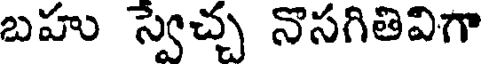
బహు స్వేచ్చ నొసగితివిగా